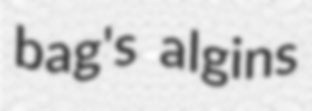
bag's algins